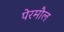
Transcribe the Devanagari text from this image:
पेरमौल